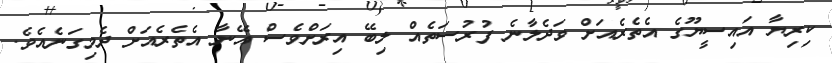
ކިރިޔާ އައިސީޔޫގެ އެތެރެއަށް ވަދެލާނެ ފުރުސަތެއް ލިބޭ އިރަށްވެސް އޭނާ އެތެރެއަށް ދެމިގަނެއެވެ.